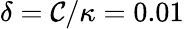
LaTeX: \delta=\mathcal{C}/\kappa=0.01